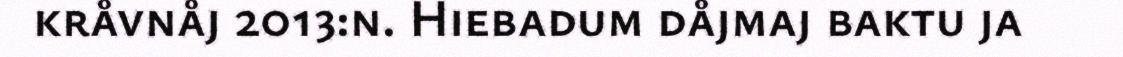
kråvnåj 2013:n. Hiebadum dåjmaj baktu ja